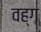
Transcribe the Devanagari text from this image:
वह्ग